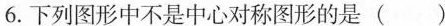
6.下列图形中不是中心对称图形的是( )